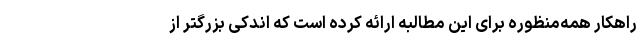
راهکار همه‌منظوره برای این مطالبه ارائه کرده است که اندکی بزرگتر از